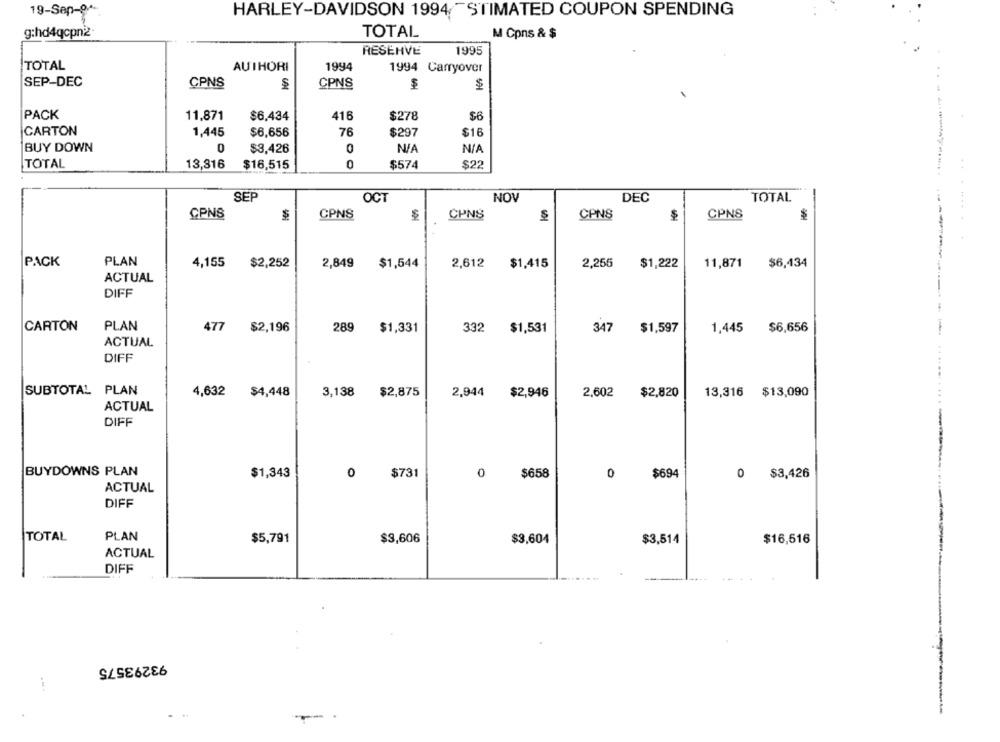
19-Sep-04-
HARLEY-DAVIDSON 1994 ESTIMATED COUPON SPENDING
g:hd4qcpn2-
TOTAL
M Cpns & $
RESERVE
1995
TOTAL
AUTHORI
1994
1994 Carryover
SEP-DEC
CPNS
CPNS
$
PACK
11,871
$6.434
416
$278
$6
CARTON
1,445
$6,656
76
$297
$16
BUY DOWN
$3,426
0
TOTAL
0
$22
13,316
$16,515
$574
SEP
OCT
NOV
DEC
TOTAL
CPNS
CPNS
CPNS
CPNS
$
CPNS
$
... .... ...
PACK
PLAN
4,155
$2,252
2,849
$1,544
2,612
$1,415
2,256
$1,222
11,871
$6,434
ACTUAL
DIFF
CARTON
PLAN
477
$2,196
289
$1,331
332 $1,531
347
$1,597
1,445
$6,656
ACTUAL
DIFF
SUBTOTAL PLAN
4,632
$4,448
3,138
$2,875
2,944
$2,946
2,602
$2,820
13,316 $13,090
ACTUAL
DIFF
BUYDOWNS PLAN
$1,343
0
$731
0
$658
0
$694
0
$3,426
ACTUAL
DIFF
TOTAL
PLAN
$5,791
$3,606
$3,604
$3.514
$16,516
ACTUAL
DIFF
93293575